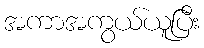
အကာအကွယ်ယူပြီး